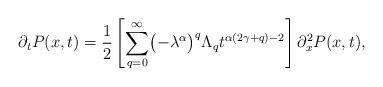
LaTeX: \begin{align*} \partial_t P(x,t) = \frac{1}{2} \left[ \sum_{q=0}^\infty \bigl(-\lambda^\alpha\bigr)^q \Lambda_qt^{\alpha(2\gamma+q)-2} \right] \partial_x^2 P(x,t),\end{align*}